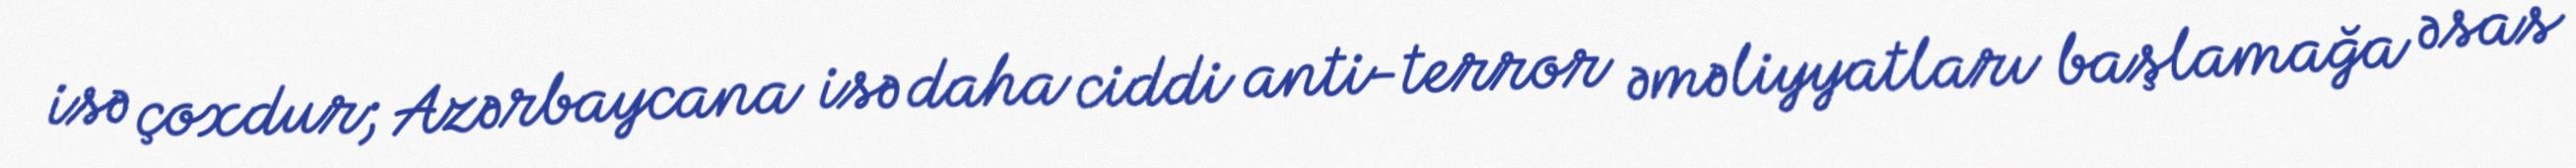
isə çoxdur; Azərbaycana isə daha ciddi anti-terror əməliyyatları başlamağa əsas